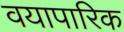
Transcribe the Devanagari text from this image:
वयापारिक